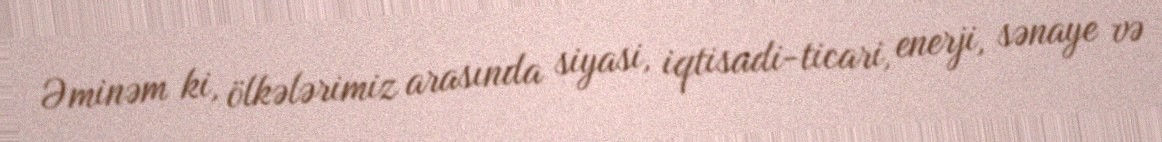
Əminəm ki, ölkələrimiz arasında siyasi, iqtisadi-ticari, enerji, sənaye və